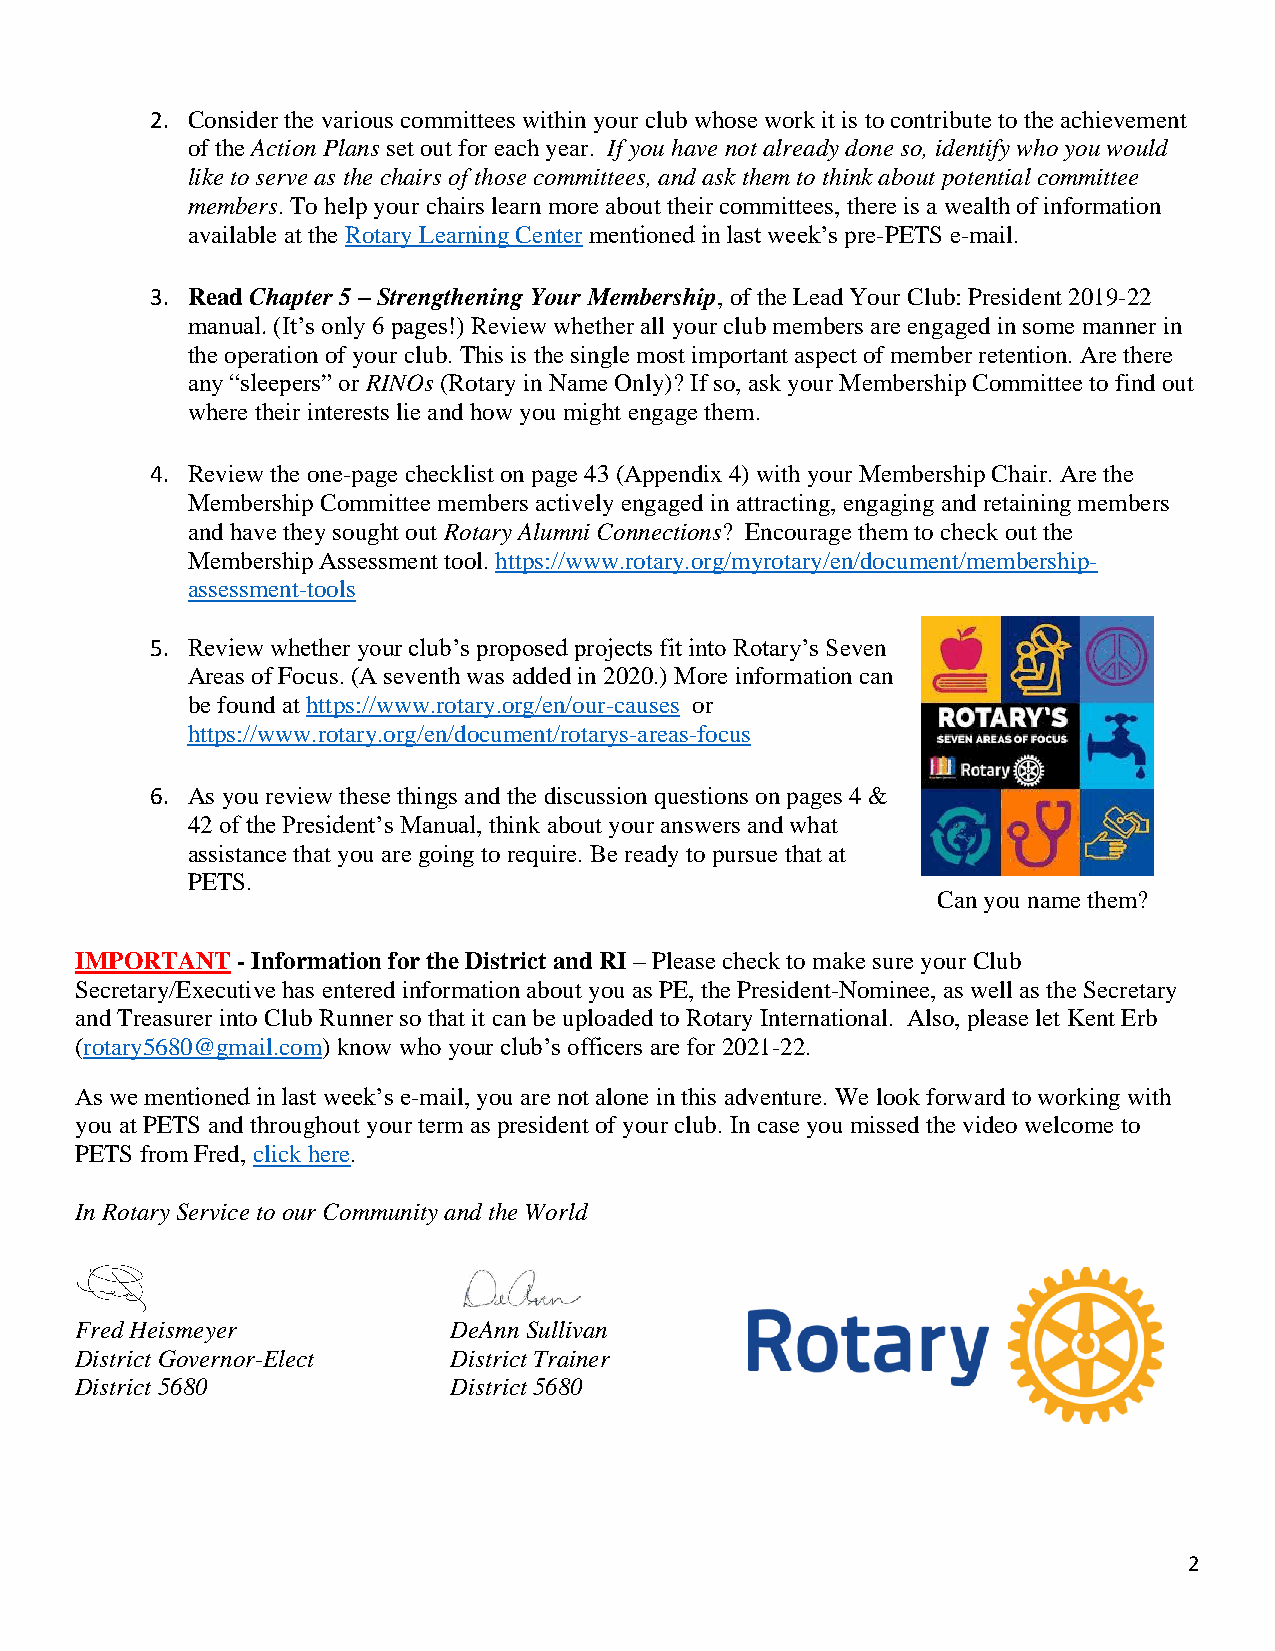
2. Consider the various committees within your club whose work it is to contribute to the achievement
 of the Action Plans set out for each year. If you have not already done so, identify who you would
 like to serve as the chairs of those committees, and ask them to think about potential committee
 members. To help your chairs learn more about their committees, there is a wealth of information
 available at the Rotary Learning Center mentioned in last week’s pre-PETS e-mail.
 3. Read Chapter 5 – Strengthening Your Membership, of the Lead Your Club: President 2019-22
 manual. (It’s only 6 pages!) Review whether all your club members are engaged in some manner in
 the operation of your club. This is the single most important aspect of member retention. Are there
 any “sleepers” or RINOs (Rotary in Name Only)? If so, ask your Membership Committee to find out
 where their interests lie and how you might engage them.
 4. Review the one-page checklist on page 43 (Appendix 4) with your Membership Chair. Are the
 Membership Committee members actively engaged in attracting, engaging and retaining members
 and have they sought out Rotary Alumni Connections? Encourage them to check out the
 Membership Assessment tool. https://www.rotary.org/myrotary/en/document/membership-
 assessment-tools
 5. Review whether your club’s proposed projects fit into Rotary’s Seven
 Areas of Focus. (A seventh was added in 2020.) More information can
 be found at https://www.rotary.org/en/our-causes or
 https://www.rotary.org/en/document/rotarys-areas-focus
 6. As you review these things and the discussion questions on pages 4 &
 42 of the President’s Manual, think about your answers and what
 assistance that you are going to require. Be ready to pursue that at
 PETS.
 Can you name them?
 IMPORTANT  - Information for the District and RI – Please check to make sure yo ur Club
 Secretary/Executive has entered information about you as PE, the President-Nominee, as well as the Secretary
 and Treasurer into Club Runner so that it can be uploaded to Rotary International. Also, please let Kent Erb
 (rotary5680@gmail.com) know who your club’s officers are for 2021-22.
 As we mentioned in last week’s e-mail, you are not alone in this adventure. We look forward to working with
 you at PETS and throughout your term as president of your club. In case you missed the video welcome to
 PETS from Fred, click here.
 In Rotary Service to our Community and the World
 Fred Heismeyer           DeAnn Sullivan
 District Governor-Elect  District Trainer
 District 5680            District 5680
 2